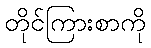
တိုင်ကြားစာကို